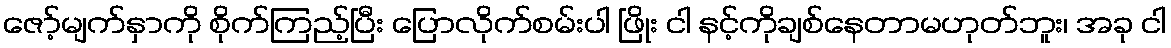
ဇော့်မျက်နှာကို စိုက်ကြည့်ပြီး ပြောလိုက်စမ်းပါ ဖြိုး ငါ နင့်ကိုချစ်နေတာမဟုတ်ဘူး၊ အခု ငါ